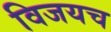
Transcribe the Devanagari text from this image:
विजयच